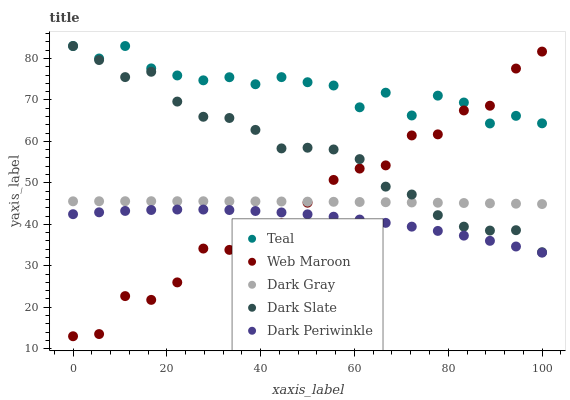
| xaxis_label | Teal | Web Maroon | Dark Gray | Dark Slate | Dark Periwinkle |
 | --- | --- | --- | --- | --- | --- |
 | 0 | 83 | 13 | 45.5 | 83 | 42.4 |
 | 5.56 | 80 | 13.5 | 45.6 | 79.6 | 42.9 |
 | 11.1 | 83 | 22.7 | 45.6 | 75.5 | 43.2 |
 | 16.7 | 77.6 | 21.8 | 45.6 | 76.8 | 43.5 |
 | 22.2 | 75.9 | 26 | 45.6 | 69.6 | 43.6 |
 | 27.8 | 74.7 | 34.1 | 45.6 | 65.9 | 43.6 |
 | 33.3 | 75.5 | 33.8 | 45.5 | 65.6 | 43.4 |
 | 38.9 | 73.8 | 37.9 | 45.5 | 62.8 | 43.2 |
 | 44.4 | 75.5 | 40.2 | 45.5 | 58.3 | 42.9 |
 | 50 | 74.3 | 45.2 | 45.5 | 58.5 | 42.4 |
 | 55.6 | 73.5 | 50.7 | 45.4 | 58.1 | 41.8 |
 | 61.1 | 68.2 | 53.4 | 45.4 | 55.7 | 41.1 |
 | 66.7 | 71.7 | 54.2 | 45.3 | 49.1 | 40.3 |
 | 72.2 | 66.2 | 61.4 | 45.3 | 47.2 | 39.4 |
 | 77.8 | 71 | 61.7 | 45.2 | 42.2 | 38.4 |
 | 83.3 | 69.4 | 67.5 | 45.1 | 39.4 | 37.3 |
 | 88.9 | 64.3 | 68.6 | 45.1 | 38.5 | 36 |
 | 94.4 | 66.2 | 77.6 | 45 | 38.6 | 34.6 |
 | 100 | 64.4 | 81.7 | 44.9 | 33.3 | 33.2 |